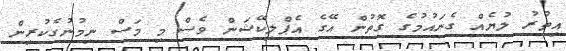
އިތުރު ލުޔެއް ގެނައުމުގެ ގޮތުން އޭގެ އެޕްލިކޭޝަން ވެސް މި މަސް ނިމުނުގެކުރިން